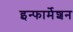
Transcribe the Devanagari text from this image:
इन्‍फार्मेशन